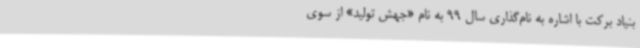
بنیاد برکت با اشاره به نام‌گذاری سال 99 به نام «جهش تولید» از سوی